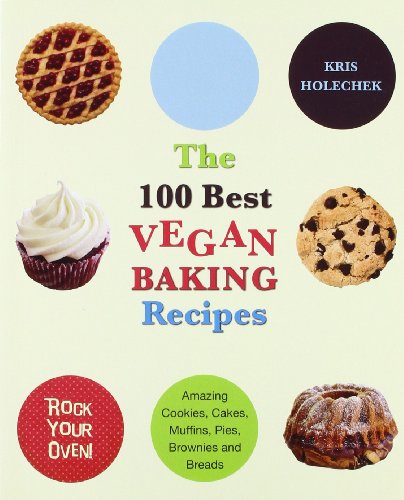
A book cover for The 100 Best Vegan Baking Recipes: Amazing Cookies, Cakes, Muffins, Pies, Brownies and Breads; Kris Holechek Peters; Cookbooks, Food & Wine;